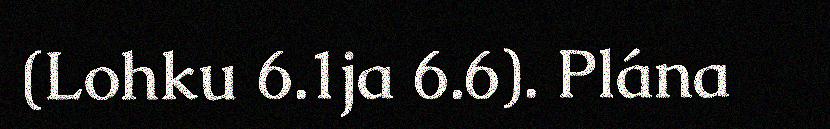
(Lohku 6.1ja 6.6). Plána